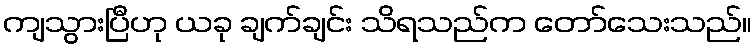
ကျသွားပြီဟု ယခု ချက်ချင်း သိရသည်က တော်သေးသည်။